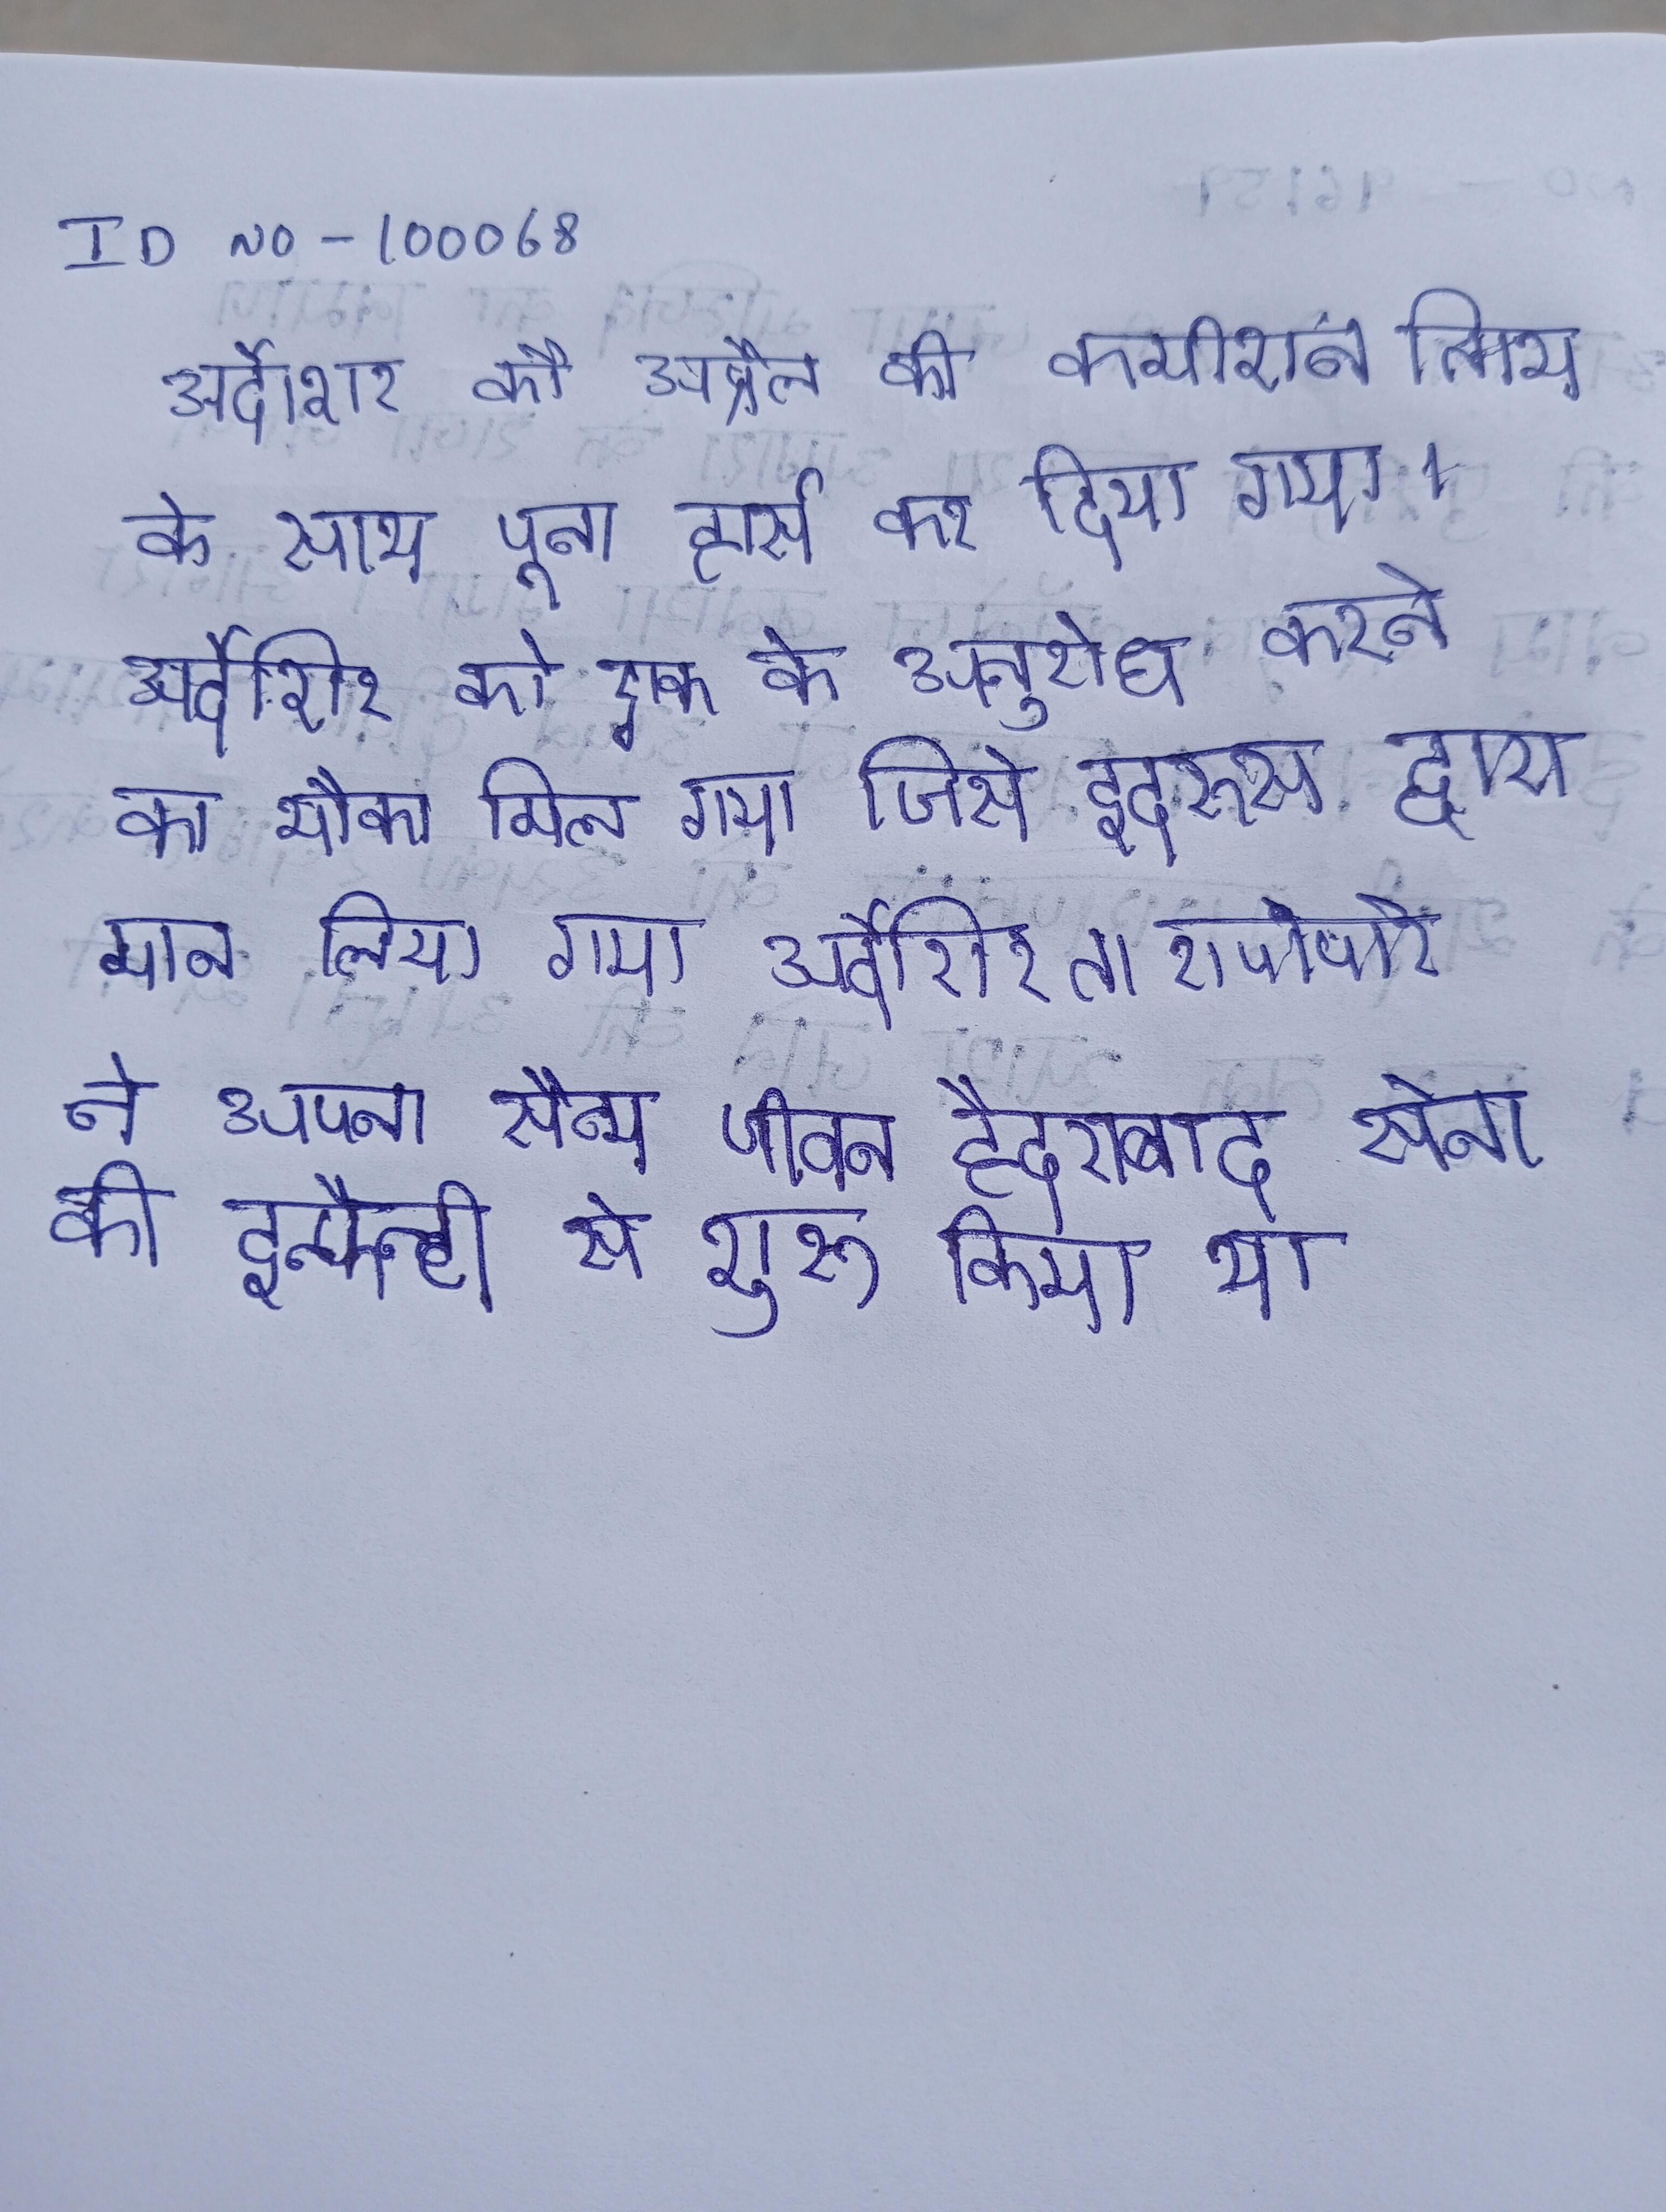
अर्देशिर को अप्रैल की कमीशन तिथि के साथ पूना हार्स कर दिया गया । अर्देशिर को एक के अनुरोध करने का मौका मिल गया जिसे इदरूस द्वारा मान लिया गया । अर्देशिर तारापोर ने अपना सैन्य जीवन हैदराबाद सेना की इन्फैन्ट्री से शुरू किया था ।